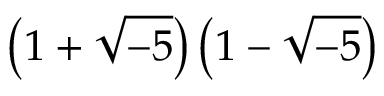
\left( 1 + { \sqrt { - 5 } } \right) \left( 1 - { \sqrt { - 5 } } \right)